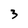
Character: 3